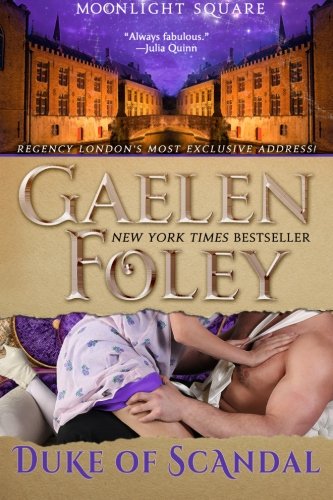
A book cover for Duke of Scandal (Moonlight Square, Book 1); Gaelen Foley; Romance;